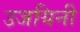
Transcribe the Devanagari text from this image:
उजयिनी